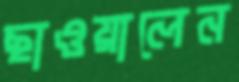
ছাওয়ালেন